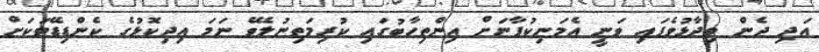
އަދި ދެން ވިދާޅުވެފައި ވަނީ އެމަނިކުފާނަށް އިންތިހާބުގައި ކުރިމަތިނުލެވޭ ނަމަ އިދިކޮޅުގެ ކެންޑިޑޭޓަކަށް